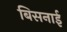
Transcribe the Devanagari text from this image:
बिसनाई